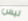
ليس